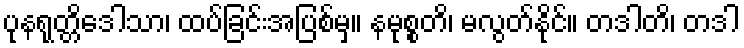
ပုနရုတ္တိဒေါသာ၊ ထပ်ခြင်းအပြစ်မှ။ နမုစ္စတိ၊ မလွတ်နိုင်။ တဒါတိ၊ တဒါ